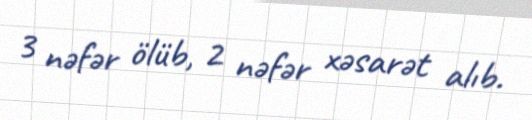
3 nəfər ölüb, 2 nəfər xəsarət alıb.